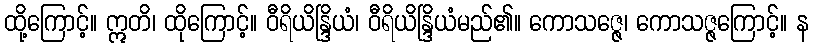
ထို့ကြောင့်။ ဣတိ၊ ထိုကြောင့်။ ဝီရိယိန္ဒြိယံ၊ ဝီရိယိန္ဒြိယံမည်၏။ ကောသဇ္ဇေ၊ ကောသဇ္ဇကြောင့်။ န